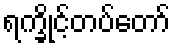
ရက္ခိုင့်တပ်တော်